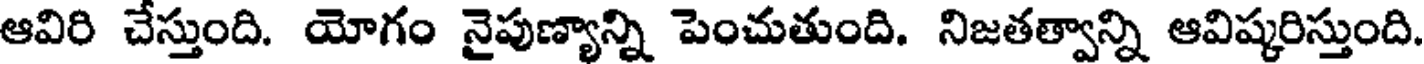
ఆవిరి చేస్తుంది. యోగం నైపుణ్యాన్ని పెంచుతుంది. నిజతత్వాన్ని ఆవిష్కరిస్తుంది